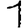
Digit: 1